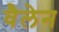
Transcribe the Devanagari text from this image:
वैलेन